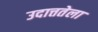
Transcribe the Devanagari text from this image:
उदात्ततेला